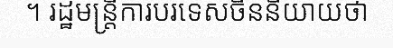
។ រដ្ឋមន្ត្រីការបរទេសចិននិយាយថា